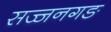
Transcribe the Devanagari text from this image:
सज्जनगङ